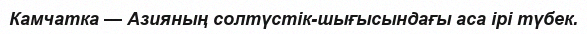
Камчатка — Азияның солтүстік-шығысындағы аса ірі түбек.